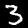
Digit: 3